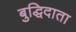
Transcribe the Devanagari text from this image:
बुद्धिदाता